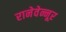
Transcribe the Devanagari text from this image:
रानेवेन्नूर